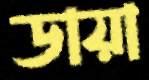
ডায়া